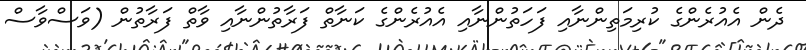
ދެން އެއުރެންގެ ކުރިމަތިންނާއި ފަހަތުންނާއި އެއުރެންގެ ކަނާތް ފަރާތުންނާއި ވާތް ފަރާތުން (ވަސްވާސް